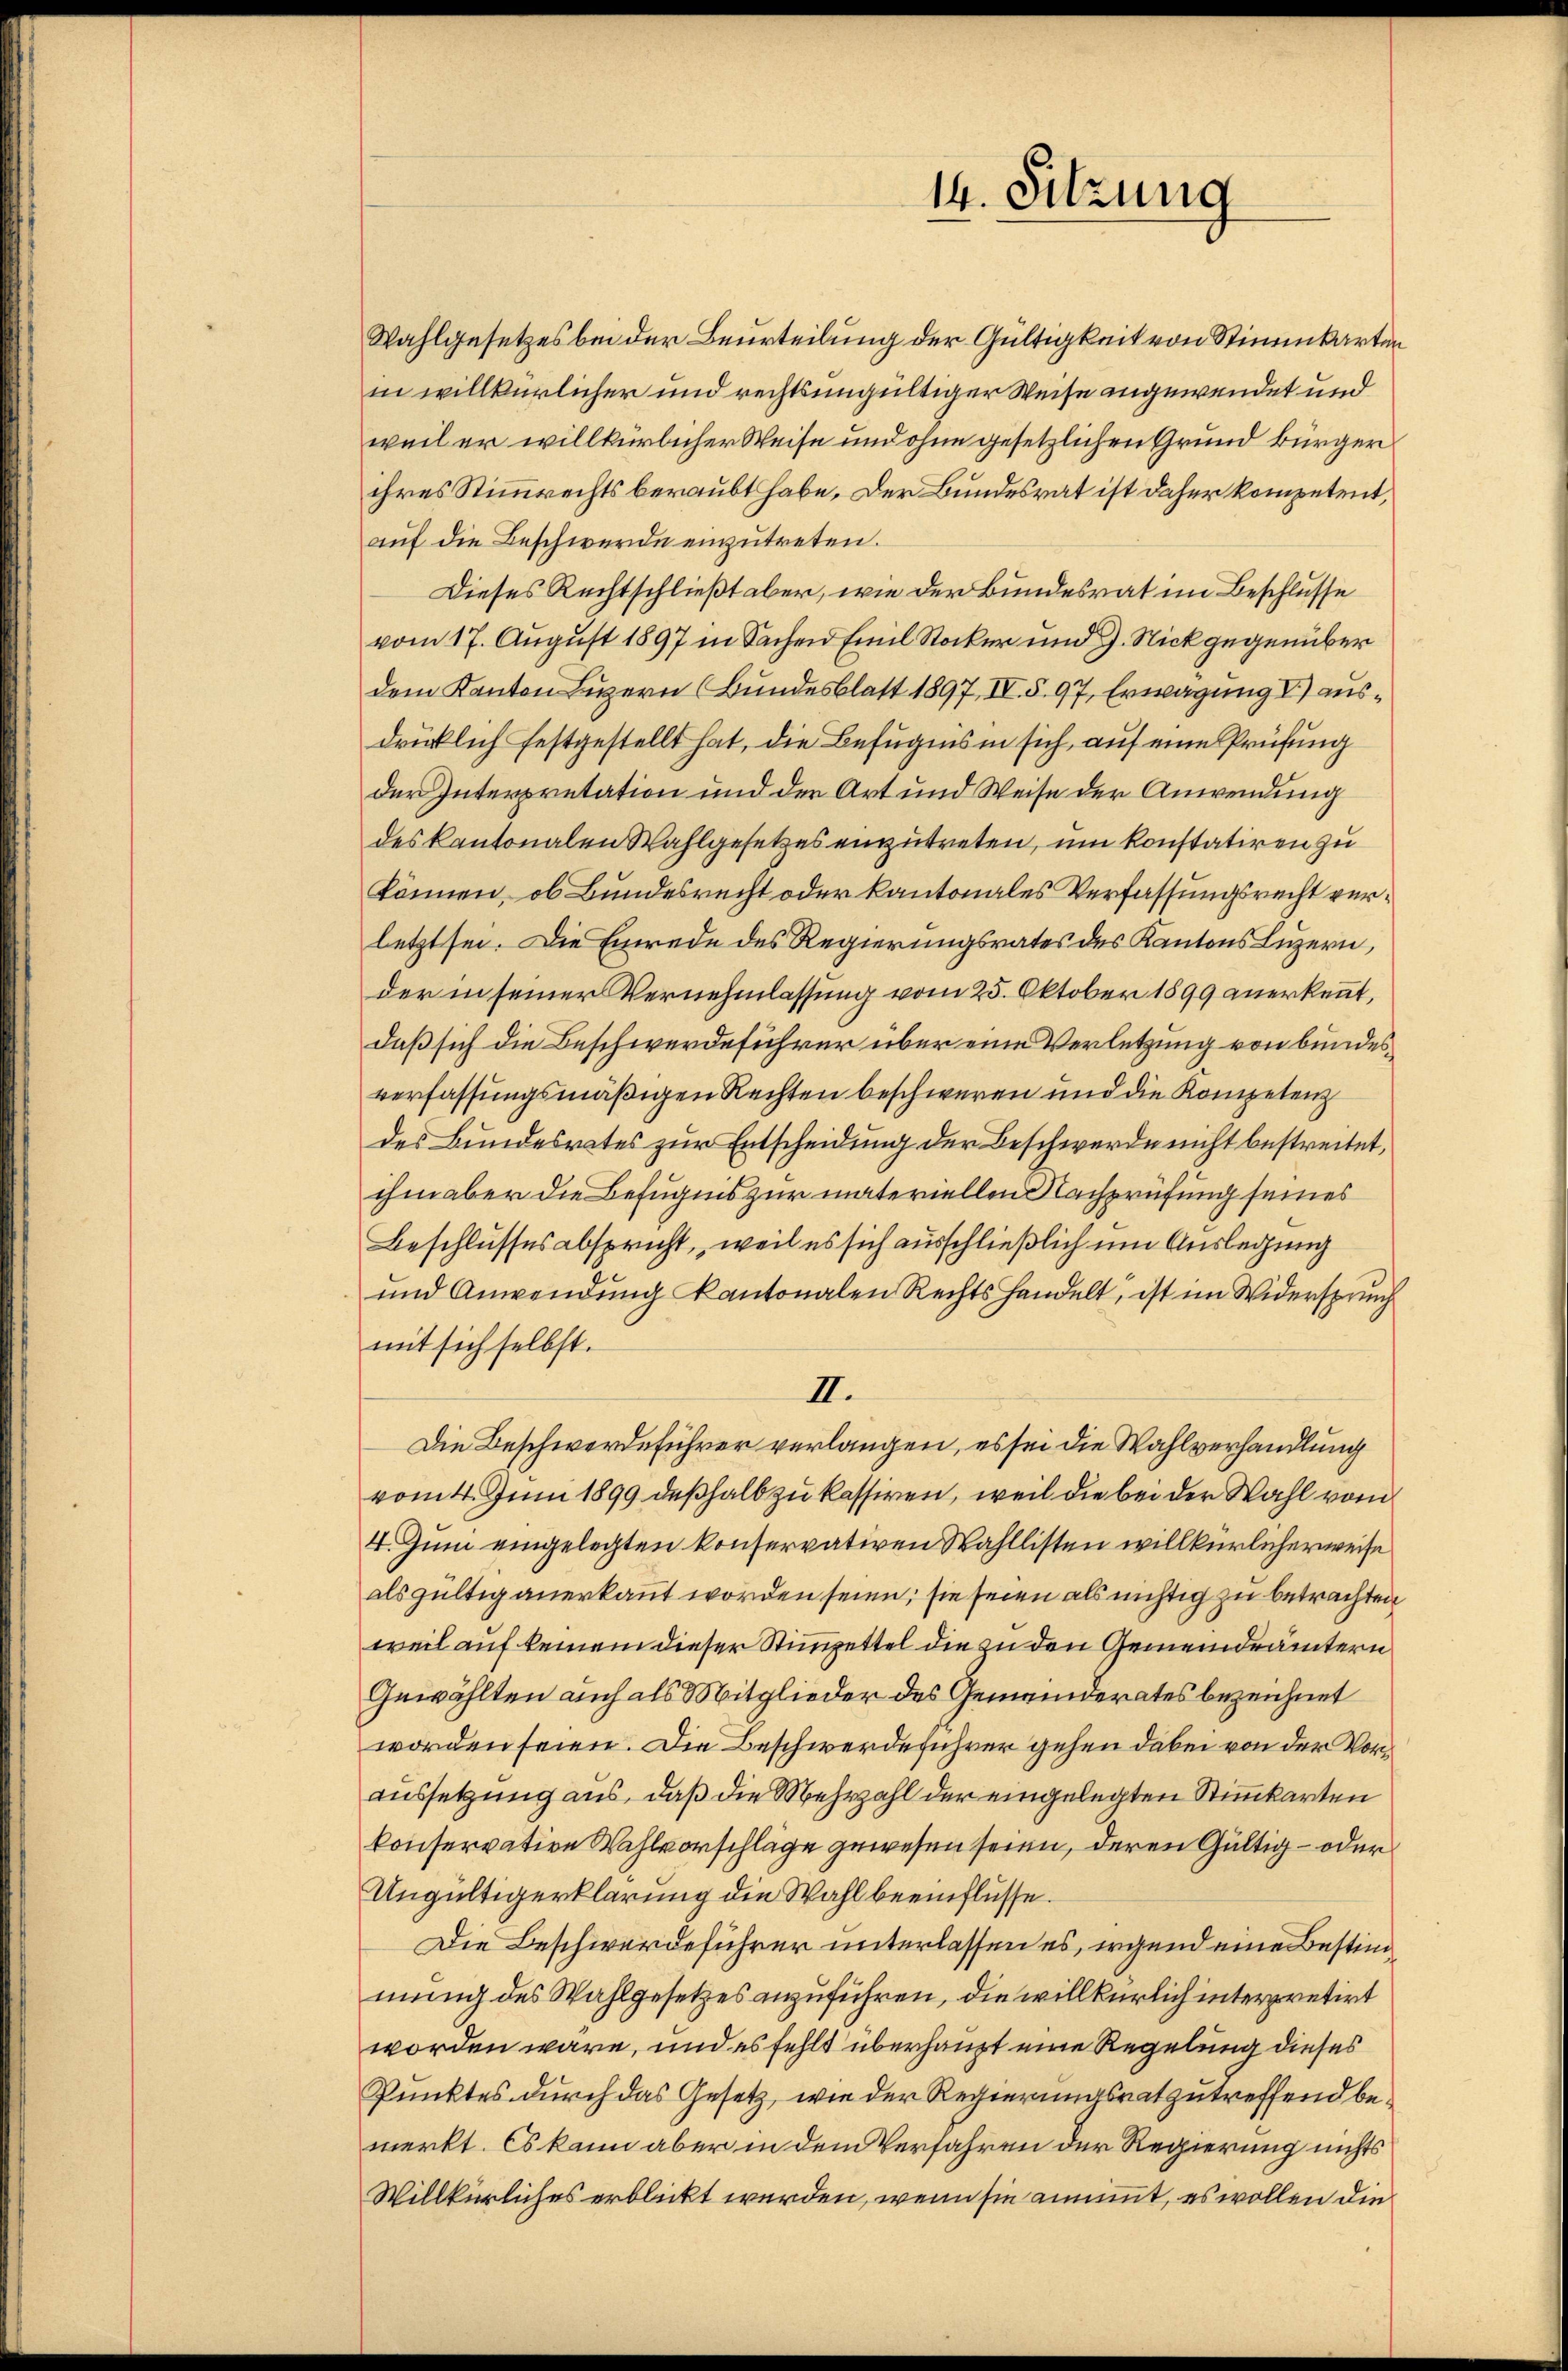
Wahlgesetzes bei der Beurteilung der Gültigkeit von Stimmkarten
in willkürlicher und rechtsungültiger Weise angewendet und
weil er willkürlicher Weise und ohne gesetzlichen Grund bürger

14. Sitzung

ihres Stimmrechts beraubt habe. Der Bundesrat ist daher kompetent,
auf die Beschwerde einzutreten.
Dieses Rechtschließt aber, wie der Bundesrat im Beschlusse
vom 17. August 1897 in Sachen Emil Stocker und J. Nick gegenüber
dem Kanton Luzern (Bundesblatt 1897, IV. §. 97, Erwägung V) ausdrücklich festgestellt hat, die Befugnis in sich, auf eine Prüfung
der Interpretation und der Art und Weise der Anwendung
des kantonalen Wahlgesetzes einzutreten, um konstatiren zu
können, ob Bundesrecht oder kantonales Verfassungsrecht verletzt sei. Die Einrede des Regierungsrates des Kantons Luzern,
der in seiner Vernehmlassung vom 25. Oktober 1899 anerkennt,
daß sich die Beschwerdeführer über eine Verletzung von bundes
verfassungsmäßigen Rechten beschweren und die Kompetenz
des Bundesrates zur Entscheidung der Beschwerde nicht bestreitet,
ihm aber die Befugnis zur materiellen Nachprüfung seines
Beschlusses abspricht, weil es sich ausschließlich um Auslegung
und Anwendung kantonalen Rechtshandelt, ist im Widerspruch
mit sich selbst.
II.
Die Beschwerdeführer verlangen, es sei die Wahlverhandlung
vom 4. Juni 1899 deßhalb zu kassiren, weil die bei der Wahl vom
4. Juni eingelegten konservativen Wahllisten willkürlicherweise
als gültig anerkannt worden seien; sie seien als nichtig zu betrachten
weil auf keinem dieser Stimmzettel die zu den Gemeindrämtern
Gewählten auch als Mitglieder des Gemeinderates bezeichnet
worden seien. Die Beschwerdeführer gehen dabei von der Voraussetzung aus, daß die Mehrzahl der eingelegten Stimmkarten
konservative Wahlvorschläge gewesen seien, deren Gültig – oder
Ungültigerklärung die Wahl beeinflüsse.
Die Beschwerdeführer unterlassen es, irgend eine Bestimmung des Wahlgesetzes anzuführen, die willkürlich interpretirt
worden wäre, und es fehlt überhaupt eine Regelung dieses
Punktes durch das Gesetz, wie der Regierungsrat zutreffend bemerkt. Es kann aber in dem Verfahren der Regierung nichts
Willkürliches erblickt werden, wenn sie annimmt, es wollen die